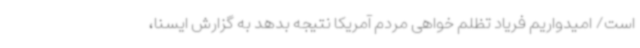
است/ امیدواریم فریاد تظلم خواهی مردم آمریکا نتیجه بدهد به گزارش ایسنا،